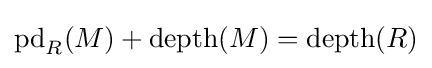
\mathrm {pd} _{R}(M)+\mathrm {depth} (M)=\mathrm {depth} (R)